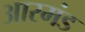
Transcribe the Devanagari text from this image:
आरमंड